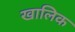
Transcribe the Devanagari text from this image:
खालिक